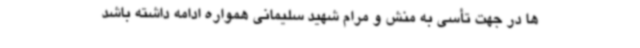
ها در جهت تأسی به منش و مرام شهید سلیمانی همواره ادامه داشته باشد